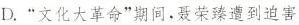
D.”文化大革命”期间，聂荣臻遭到迫害